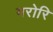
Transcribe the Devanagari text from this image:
मरोरि